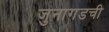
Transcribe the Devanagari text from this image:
जुनागडची